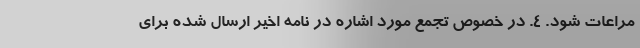
مراعات شود. ۴. در خصوص تجمع مورد اشاره در نامه اخیر ارسال شده برای